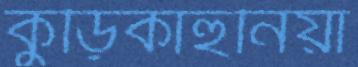
কুড়িকাহুনিয়া